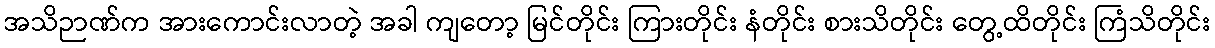
အသိဉာဏ်က အားကောင်းလာတဲ့ အခါ ကျတော့ မြင်တိုင်း ကြားတိုင်း နံတိုင်း စားသိတိုင်း တွေ့ထိတိုင်း ကြံသိတိုင်း